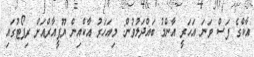
އާކްގެ ފަސް ވަނަ އަހަރީ އާންމު ބައްދަލުވުން: މިއަހަރު އާކްއިން ޔޫޕީއާރްއަށް ރިޕޯޓުގައި